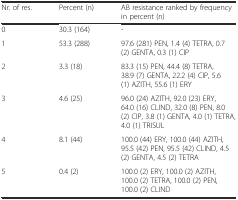
<table><thead><tr><td><b>Nr. of res.</b></td><td><b>Percent (n)</b></td><td><b>AB resistance ranked by frequency in percent (n)</b></td></tr></thead><tbody><tr><td>0</td><td>30.3 (164)</td><td>-</td></tr><tr><td>1</td><td>53.3 (288)</td><td>97.6 (281) PEN, 1.4 (4) TETRA, 0.7 (2) GENTA, 0.3 (1) CIP</td></tr><tr><td>2</td><td>3.3 (18)</td><td>83.3 (15) PEN, 44.4 (8) TETRA, 38.9 (7) GENTA, 22.2 (4) CIP, 5.6 (1) AZITH, 55.6 (1) ERY</td></tr><tr><td>3</td><td>4.6 (25)</td><td>96.0 (24) AZITH, 92.0 (23) ERY, 64.0 (16) CLIND, 32.0 (8) PEN, 8.0 (2) CIP, 3.8 (1) GENTA, 4.0 (1) TETRA, 4.0 (1) TRISUL</td></tr><tr><td>4</td><td>8.1 (44)</td><td>100.0 (44) ERY, 100.0 (44) AZITH, 95.5 (42) PEN, 95.5 (42) CLIND, 4.5 (2) GENTA, 4.5 (2) TETRA</td></tr><tr><td>5</td><td>0.4 (2)</td><td>100.0 (2) ERY, 100.0 (2) AZITH, 100.0 (2) TETRA, 100.0 (2) PEN, 100.0 (2) CLIND</td></tr></tbody></table>